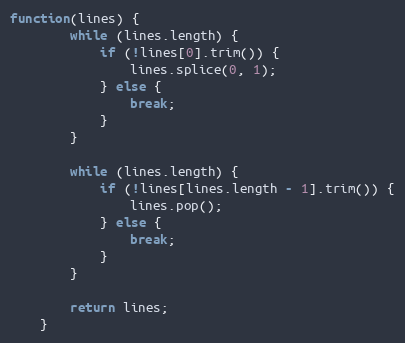
Language: JavaScript
function(lines) {
		while (lines.length) {
			if (!lines[0].trim()) {
				lines.splice(0, 1);
			} else {
				break;
			}
		}

		while (lines.length) {
			if (!lines[lines.length - 1].trim()) {
				lines.pop();
			} else {
				break;
			}
		}

		return lines;
	}